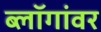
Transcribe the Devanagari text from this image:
ब्लॉगांवर